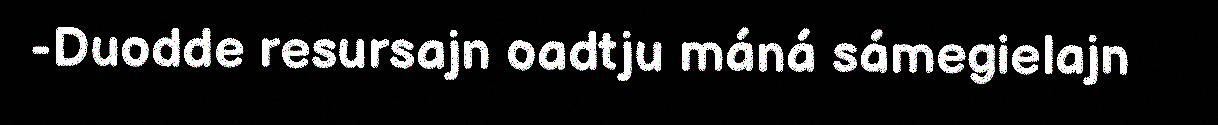
-Duodde resursajn oadtju máná sámegielajn